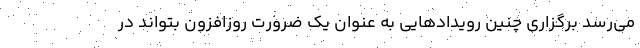
می‌رسد برگزاری چنین رویدادهایی به عنوان یک ضرورت روزافزون بتواند در